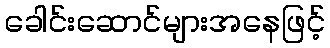
ခေါင်းဆောင်များအနေဖြင့်